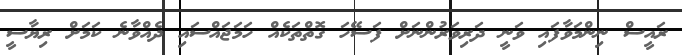
ރައީސް ނިންމަވާފައި ވަނީ ދަރިވަރުންނަށް ފަސޭހަ ގޮތްތަކެއް ހަމަޖައްސައި ދެއްވާނެ ކަމަށް ރިޔާސީ